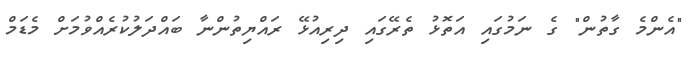
"އެންމެ ގާތުން" ގެ ނަމުގައި އަތޮޅު ތެރޭގައި ދިރިއުޅޭ ރައްޔިތުންނާ ބައްދަލުކުރެއްވުމަށް މެޑަމް